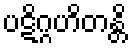
ပဋိဂ္ဂဟိတန္တိ